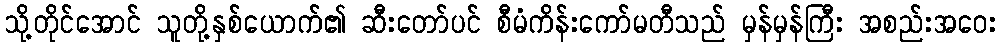
သို့တိုင်အောင် သူတို့နှစ်ယောက်၏ ဆီးတော်ပင် စီမံကိန်းကော်မတီသည် မှန်မှန်ကြီး အစည်းအဝေး